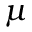
\mu